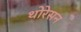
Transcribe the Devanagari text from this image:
थोरेसन